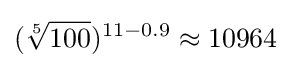
({\sqrt[{5}]{100}})^{11-0.9}\approx 10964